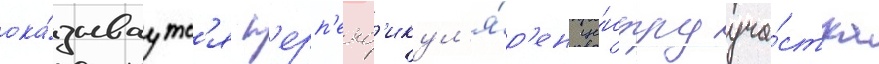
ока́зываутс'я п'ерп'енд'икул'я́р'ен це́нтру уча́стка